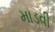
માડવી